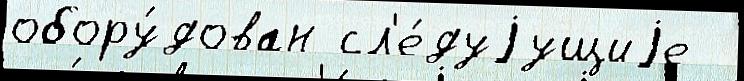
обору́дован сл'е́дуjущиjе